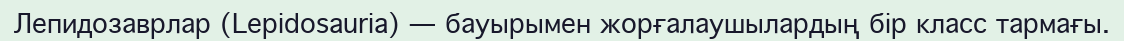
Лепидозаврлар (Lepidosauria) — бауырымен жорғалаушылардың бір класс тармағы.